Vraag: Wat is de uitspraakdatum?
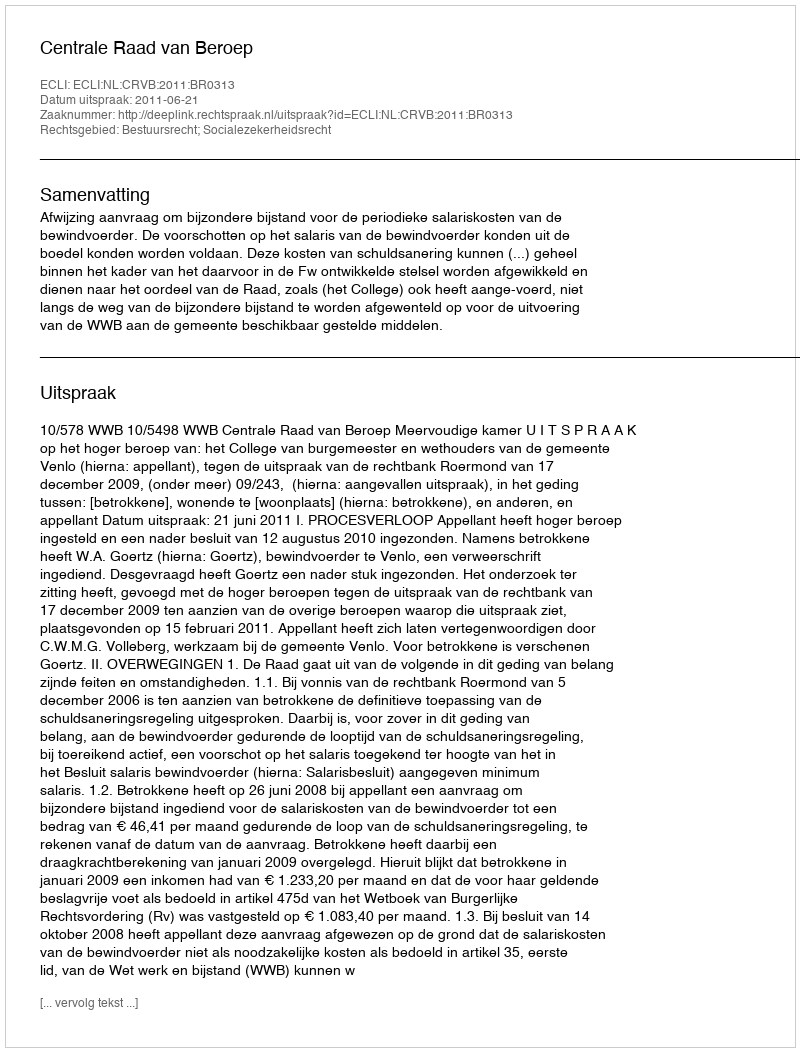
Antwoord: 2011-06-21